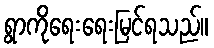
ရွာကိုရေးရေးမြင်ရသည်။